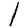
Digit: 1